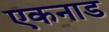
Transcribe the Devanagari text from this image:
एकनाड